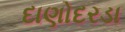
દાણોદરડા